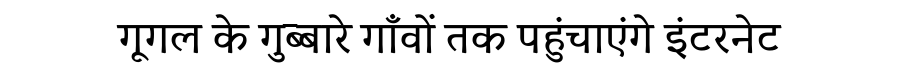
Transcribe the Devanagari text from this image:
गूगल के गुब्बारे गाँवों तक पहुंचाएंगे इंटरनेट